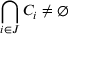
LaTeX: \bigcap _ { i \in J } C _ { i } \neq \emptyset